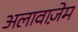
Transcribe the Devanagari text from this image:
अलावाज़ेम